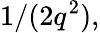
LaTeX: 1/(2q^{2}),